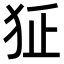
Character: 𤜺